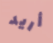
أريد